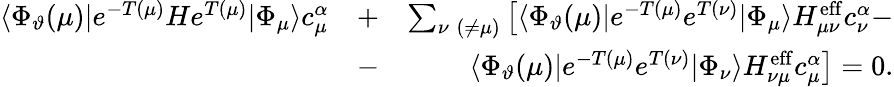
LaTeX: \begin{array}{rlr}{\langle\Phi_{\vartheta}(\mu)|e^{-T(\mu)}He^{T(\mu)}|\Phi_{\mu}\rangle c_{\mu}^{\alpha}}&{+}&{\sum_{\nu\; (\neq\mu)}\left[\langle\Phi_{\vartheta}(\mu)|e^{-T(\mu)}e^{T(\nu)}|\Phi_{\mu}\rangle H_{\mu\nu}^{\mathrm{eff}}c_{\nu}^{\alpha}\right.-}\\ &{-}&{\left.\langle\Phi_{\vartheta}(\mu)|e^{-T(\mu)}e^{T(\nu)}|\Phi_{\nu}\rangle H_{\nu\mu}^{\mathrm{eff}}c_{\mu}^{\alpha}\right]=0.}\end{array}